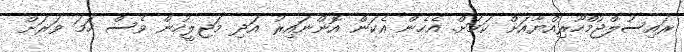
ރައިސުލްޖުމްހޫރިއްޔާއަށް ކަމަށް. އެހެން އެކަން އޮންނައިރު އަދި މަޖިލީހުން ވެސް ހަމަ ވަރަށް